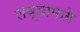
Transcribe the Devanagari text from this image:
तव्यामागे